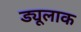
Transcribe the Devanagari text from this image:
ड्यूलाक